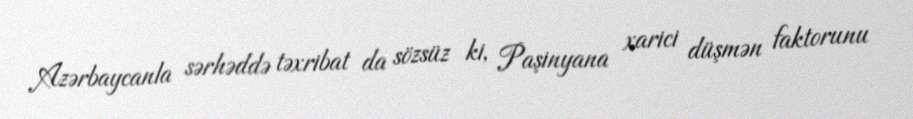
Azərbaycanla sərhəddə təxribat da sözsüz ki, Paşinyana xarici düşmən faktorunu